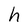
Character: h